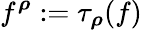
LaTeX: f^{\boldsymbol\rho}:=\tau_{\boldsymbol\rho}(f)